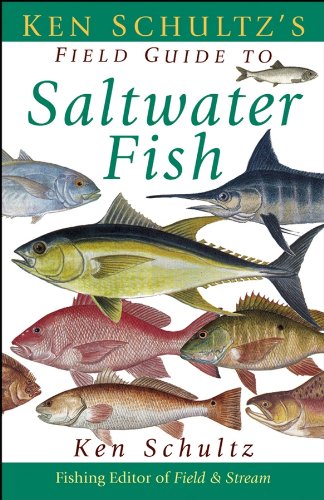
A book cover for Ken Schultz's Field Guide to Saltwater Fish; Ken Schultz; Sports & Outdoors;